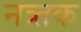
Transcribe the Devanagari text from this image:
नत्र्तक